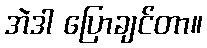
အဲဒါ ပြောချင်တာ။